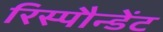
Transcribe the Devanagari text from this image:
रिस्पौन्डेंट